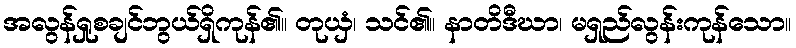
အလွန်ရှုစချင်ဘွယ်ရှိကုန်၏။ တုယှံ၊ သင်၏။ နာတိဒီဃာ၊ မရှည်လွန်းကုန်သော။